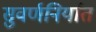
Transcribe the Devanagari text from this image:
सुवर्णनिर्यात